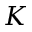
K